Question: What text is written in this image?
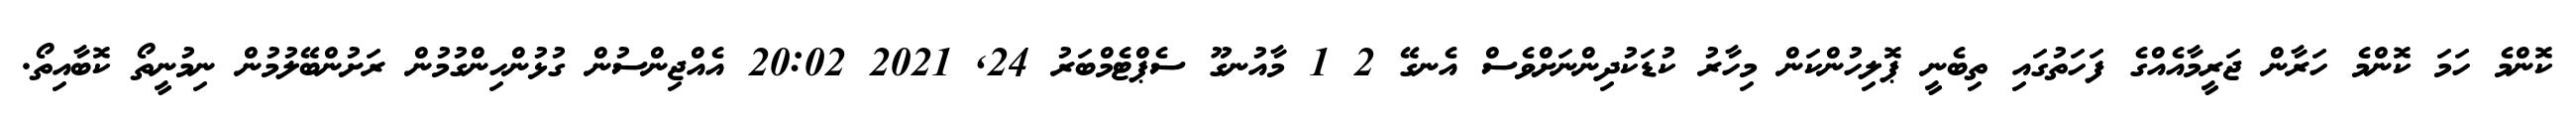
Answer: ކޮންމެ ހަމަ ކޮންމެ ހަރާން ޖަރީމާއެއްގެ ފަހަތުގައި ތިބެނީ ޕޮލިހުންކަން މިހާރު ކުޑަކުދިންނަށްވެސް އެނގޭ 2 1 މާއުނގޫ ސެޕްޓެމްބަރު 24, 2021 20:02 އެއްޖިންސުން ގުޅުންހިންގުމުން ރަށުންބޭލުމުން ނިމުނީތޯ ކޮބާއިތޯ.